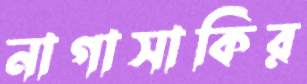
নাগাসাকির